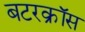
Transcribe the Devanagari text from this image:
बटरक्रॉस